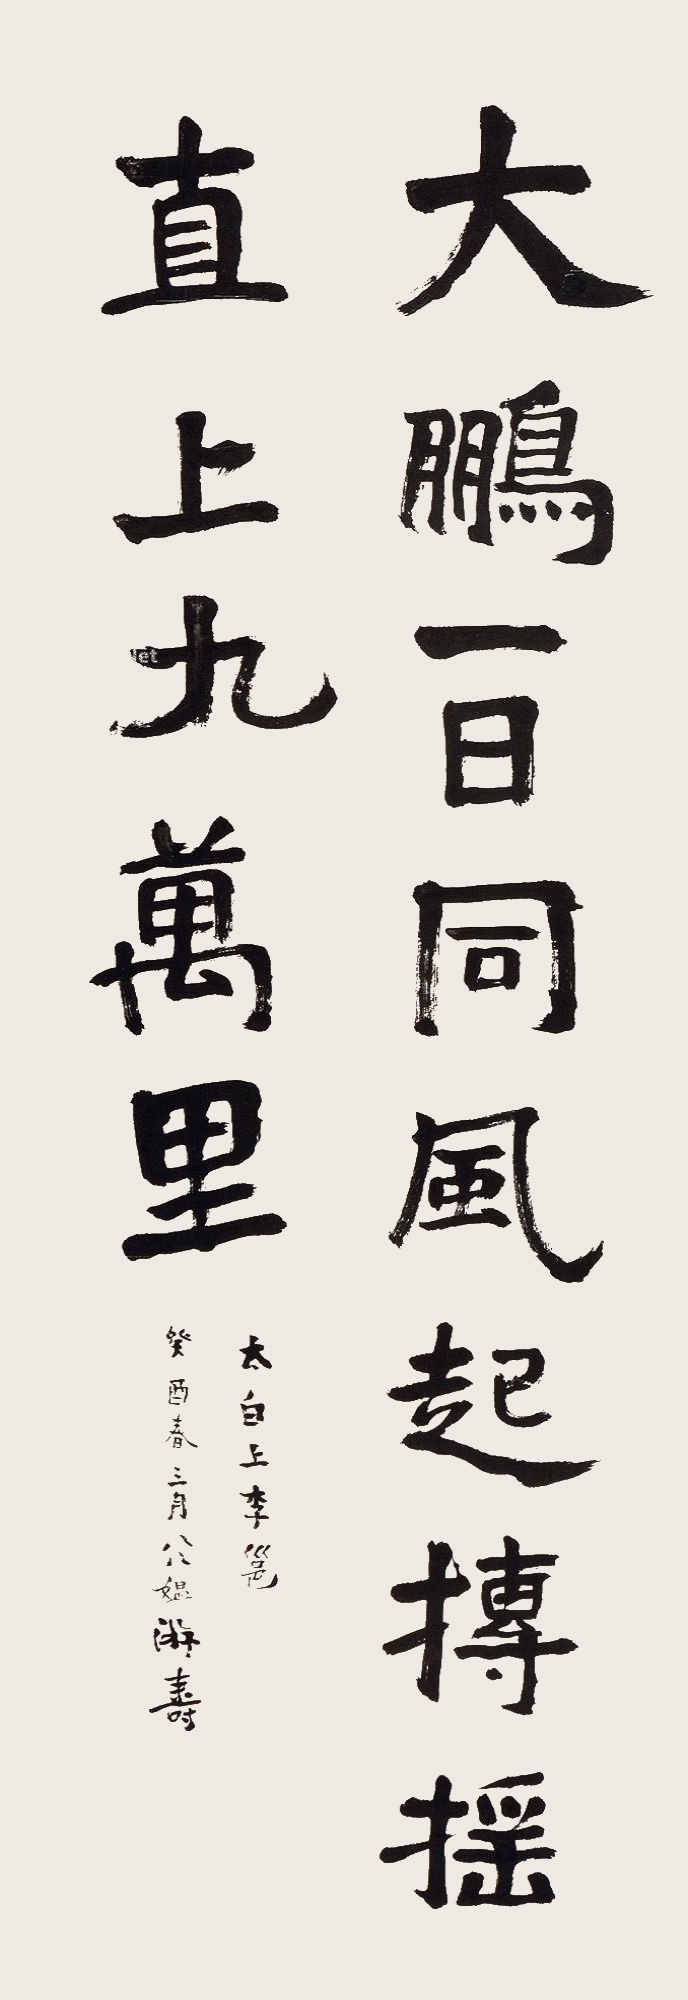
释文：大鹏一日同风起，扶摇直上九万里。癸酉（1993）春三月八八媪，游寿。